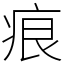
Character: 痕